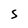
Character: 5